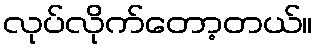
လုပ်လိုက်တော့တယ်။